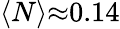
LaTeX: \langle N\rangle{\approx}0.14